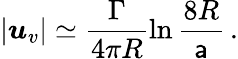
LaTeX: |\boldsymbol{u}_{v}|\simeq\frac{\Gamma}{4\pi R}\ln\frac{8R}{{\sf a}}\, .